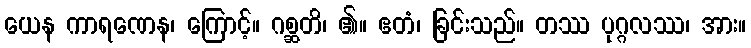
ယေန ကာရဏေန၊ ကြောင့်။ ဂစ္ဆတိ၊ ၏။ ဧတံ၊ ခြင်းသည်။ တဿ ပုဂ္ဂလဿ၊ အား။